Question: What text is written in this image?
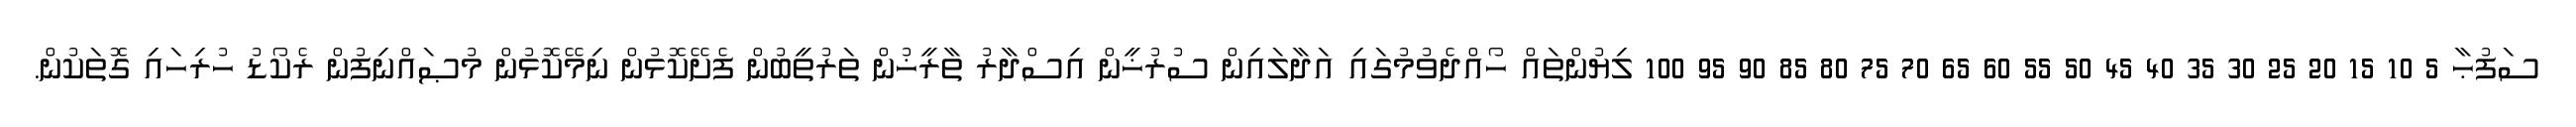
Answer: ސަފުޙާ 5 10 15 20 25 30 35 40 45 50 55 60 65 70 75 80 85 90 95 100 ލިޔުންތައް ހޯއްދެވުމުގައި އަދާލައިން ސުރުޚީން އިސްދާރު ތާރީޚުން ތަރުތީބުން ފެށޭކޮޅުން ނިމޭކޮޅުން މުޞައްނިފުން ރެކޯޑު ހުރިހައި ގޮތަކުން.